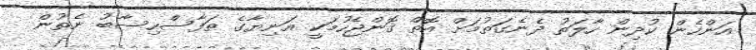
އަންހެން ކުދިން ހާލަތު ދެނެގަތުމަށް އޮތް ގޮންޖެހުމަކީ އަނިޔާގެ ތަފާސްހިސާބު ނެތުން